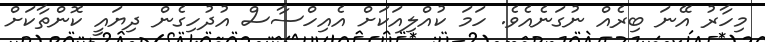
މިހާރު އޭނަ ބިރެއް ނުގަނެއެވެ. ހަމަ ކުއްލިއަކަށް އެއިހްސާސް އުދުހިގެން ދިޔައީ ކޮންތާކަށް